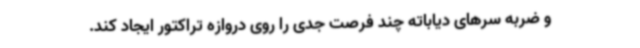
و ضربه سرهای دیاباته چند فرصت جدی را روی دروازه تراکتور ایجاد کند.